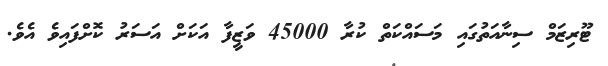
ޓޫރިޒަމް ސިނާއަތުގައި މަސައްކަތް ކުރާ 45000 ވަޒީފާ އަކަށް އަސަރު ކޮށްފައިވެ އެވެ.